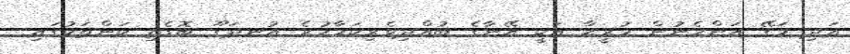
އަދި މަގޭ އަންހެނުން މުރީޙާ އަކީ އޭނާގެ ބުއްދިވެރިކަމާހުރެ އުނދަގޫ ބޮޑެތި ކަންތަކުގައި